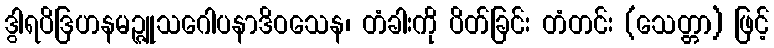
ဒွါရပိဒြဟနမဉ္ဇူသဂေါပနာဒိဝသေန၊ တံခါးကို ပိတ်ခြင်း တံတင်း (သေတ္တာ) ဖြင့်